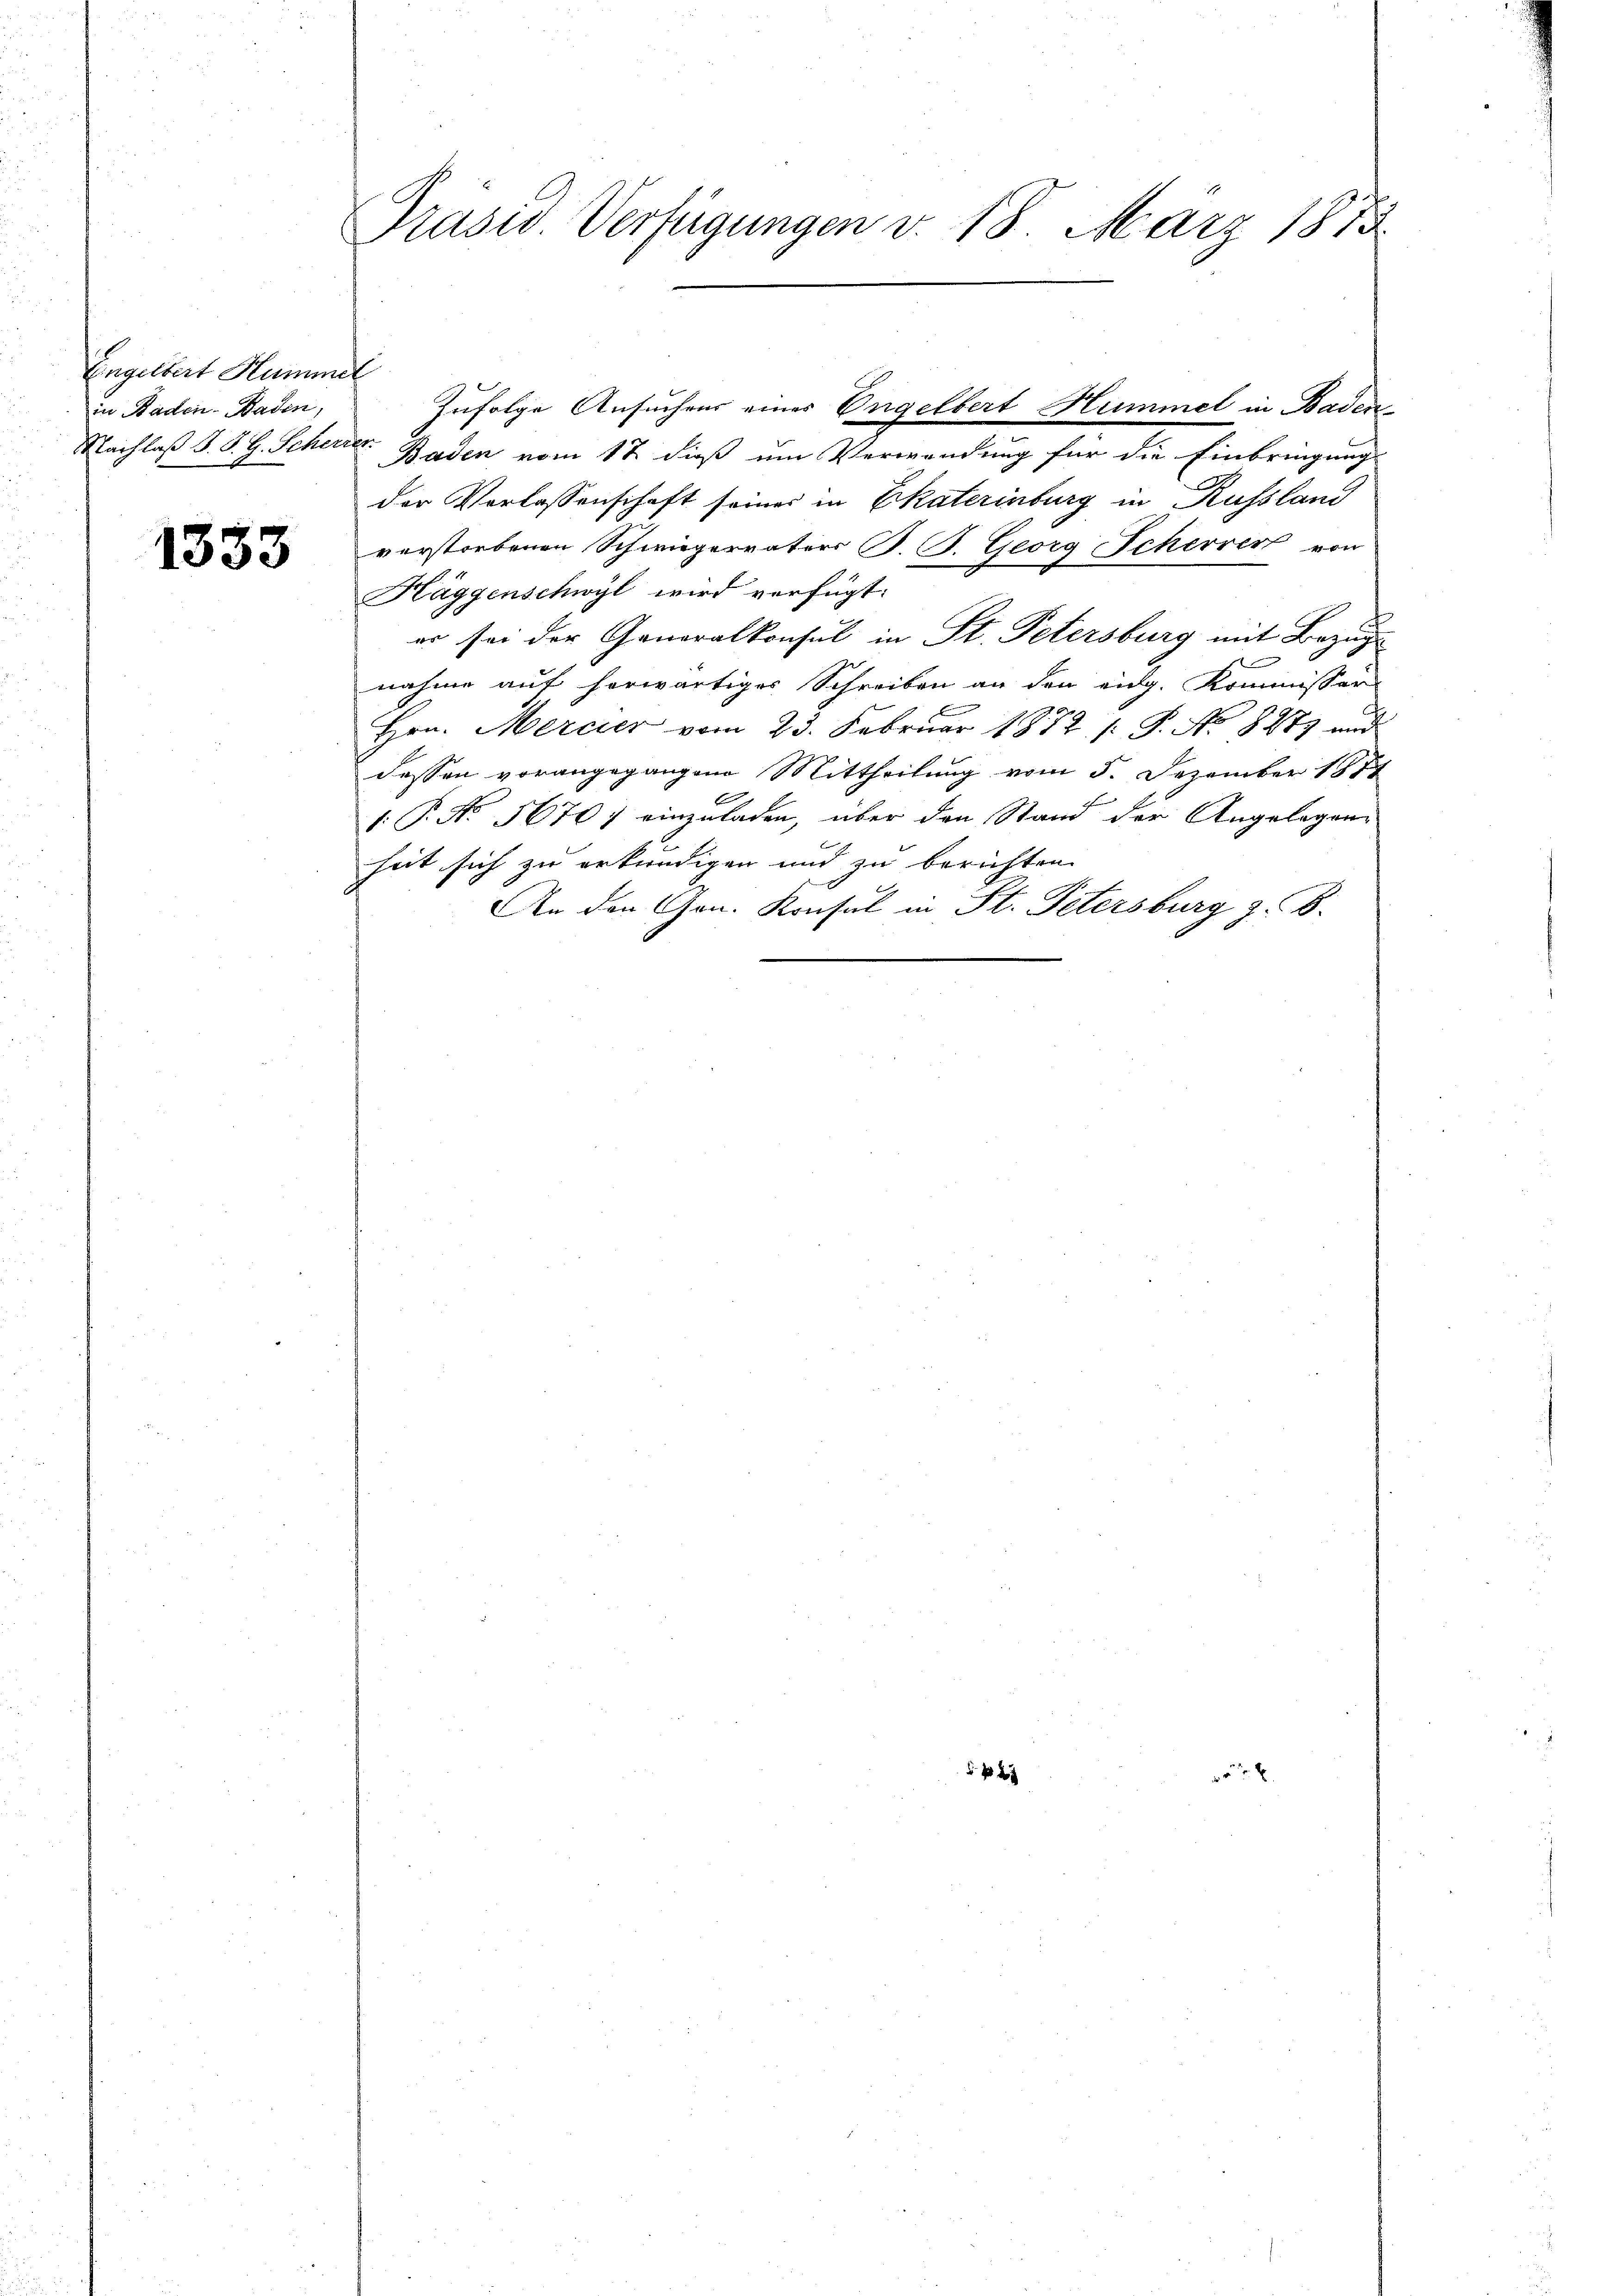
Engelbert Hammel
in Baden-Baden,

1333

Präsid. Verfügungen v. 18. März 1873

Zufolge Ansuchens eines Engelbert Hummel in Baden¬
Nachlaß S. S. G. Scherter Baden vom 17. dieß um Verwendung für die Einbringung
der Vorlassenschaft seines in Ekaterinburg in Russland
verstorbenen Schwiegervaters B. G. Georg Scherrer von
Häggenschwyl wird verfügt:
er sei der Generalkonsul in St. Petersburg mit Bezug
nahme auf herwärtiges Schreiben an den eidg. Kommissar
E
Hrn. Mercier vom 23. Februar 1872 /: P. No 8277 und
dessen vorangegangene Mittheilung vom 5. Dezember 1877
1. P. No. 5670) einzuladen, über den Stand der Angelegenheit sich zu erkundigen und zu berichten.
An den Gen. Konsul in St. Petersburg z. B.

f 2 x

x